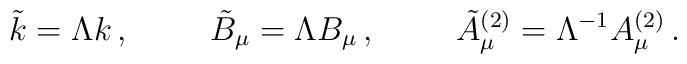
\tilde k = \Lambda k \, ,\hskip 1truecm\tilde B_\mu =\Lambda B_\mu \, ,\hskip 1truecm\tilde A_\mu^{(2)} = \Lambda^{-1} A_\mu^{(2)} \, .